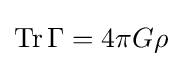
\operatorname {Tr} \Gamma =4\pi G\rho